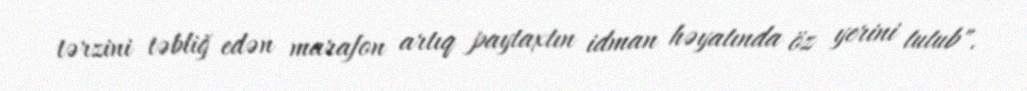
tərzini təbliğ edən marafon artıq paytaxtın idman həyatında öz yerini tutub".